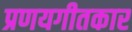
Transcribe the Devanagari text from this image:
प्रणयगीतकार